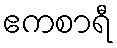
ဧကစာရီ